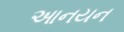
આનયન